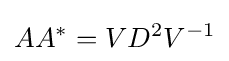
AA^{*}=VD^{2}V^{-1}